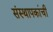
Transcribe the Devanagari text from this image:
संस्थापकांची